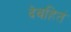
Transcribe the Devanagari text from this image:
देवहितं